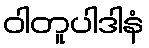
ဝါတူပါဒါနံ